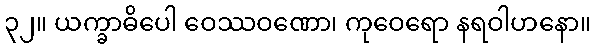
၃၂။ ယက္ခာဓိပေါ ဝေဿဝဏော၊ ကုဝေရော နရဝါဟနော။